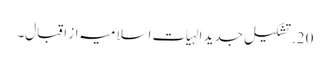
20. تشکیل جدید الہیات اسلامیہ از اقبال۔